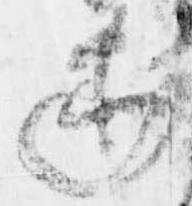
述